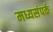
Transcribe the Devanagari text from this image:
मध्यसंपर्क